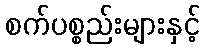
စက်ပစ္စည်းများနှင့်